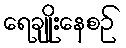
ရေချိုးနေစဉ်